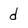
Character: d